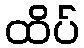
ထိပ်